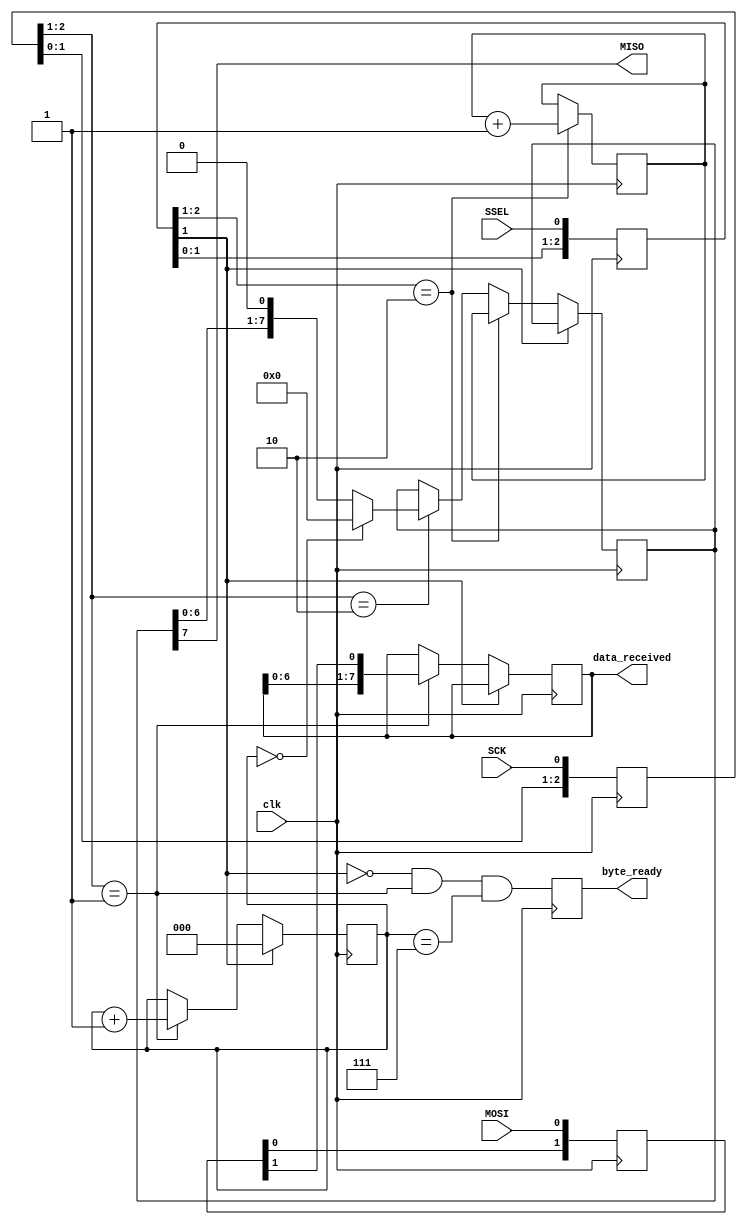
// From http://www.fpga4fun.com/SPI2.html

module SPI_slave(clk, SCK, MOSI, MISO, SSEL, byte_ready, data_received);
input clk;

input SCK, SSEL, MOSI;
output MISO;

output reg byte_ready;  // high when a byte has been received
output reg [7:0] data_received;

// sync SCK to the FPGA clock using a 3-bits shift register
reg [2:0] SCKr;  always @(posedge clk) SCKr <= {SCKr[1:0], SCK};
wire SCK_risingedge = (SCKr[2:1]==2'b01);  // now we can detect SCK rising edges
wire SCK_fallingedge = (SCKr[2:1]==2'b10);  // and falling edges

// same thing for SSEL
reg [2:0] SSELr;  always @(posedge clk) SSELr <= {SSELr[1:0], SSEL};
wire SSEL_active = ~SSELr[1];  // SSEL is active low
wire SSEL_startmessage = (SSELr[2:1]==2'b10);  // message starts at falling edge
wire SSEL_endmessage = (SSELr[2:1]==2'b01);  // message stops at rising edge

// and for MOSI
reg [1:0] MOSIr;  always @(posedge clk) MOSIr <= {MOSIr[0], MOSI};
wire MOSI_data = MOSIr[1];


///////////////////////////////////////////////////////////////////////////////////////////
//Recieve
///////////////////////////////////////////////////////////////////////////////////////////

// we handle SPI in 8-bits format, so we need a 3 bits counter to count the bits as they come in
reg [2:0] bitcnt;

always @(posedge clk)
begin
  if(~SSEL_active)
    bitcnt <= 3'b000;
  else
  if(SCK_risingedge)
  begin
    bitcnt <= bitcnt + 3'b001;

    // implement a shift-left register (since we receive the data MSB first)
    data_received <= {data_received[6:0], MOSI_data};
  end
end

always @(posedge clk) byte_ready <= SSEL_active && SCK_risingedge && (bitcnt==3'b111);

///////////////////////////////////////////////////////////////////////////////////////////
//Transmit
///////////////////////////////////////////////////////////////////////////////////////////

reg [7:0] byte_data_sent;

reg [7:0] cnt;
always @(posedge clk) if(SSEL_startmessage) cnt<=cnt+8'h1;  // count the messages

always @(posedge clk)
if(SSEL_active)
begin
  if(SSEL_startmessage)
    byte_data_sent <= cnt;  // first byte sent in a message is the message count
  else
  if(SCK_fallingedge)
  begin
    if(bitcnt==3'b000)
      byte_data_sent <= 8'h00;  // after that, we send 0s
    else
      byte_data_sent <= {byte_data_sent[6:0], 1'b0};
  end
end

assign MISO = byte_data_sent[7];  // send MSB first
// we assume that there is only one slave on the SPI bus
// so we don't bother with a tri-state buffer for MISO
// otherwise we would need to tri-state MISO when SSEL is inactive

endmodule